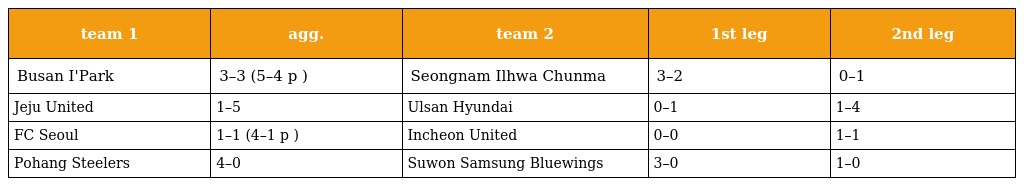
| team 1 | agg. | team 2 | 1st leg | 2nd leg |
 | --- | --- | --- | --- | --- |
 | Busan I'Park | 3–3 (5–4 p ) | Seongnam Ilhwa Chunma | 3–2 | 0–1 |
 | Jeju United | 1–5 | Ulsan Hyundai | 0–1 | 1–4 |
 | FC Seoul | 1–1 (4–1 p ) | Incheon United | 0–0 | 1–1 |
 | Pohang Steelers | 4–0 | Suwon Samsung Bluewings | 3–0 | 1–0 |